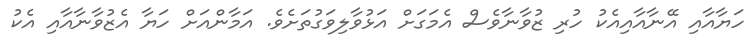
ހަޔާއާއި އޭނާއާއިއެކު ހުރި ޒުވާނާވެސް އެމަގަށް އަޅުވާލިވަގުތަށެވެ. އަމާންއަށް ހަޔާ އެޒުވާނާއާއި އެކު